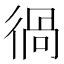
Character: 𰐵